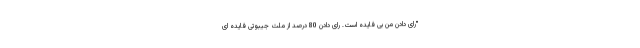
"رای دادن من بی فایده است. رای دادن 80 درصد از ملت جیبوتی فایده ای